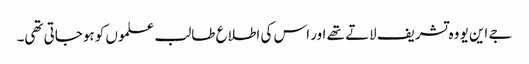
جے این یو وہ تشریف لاتے تھے اور اس کی اطلاع طالب علموں کو ہوجاتی تھی۔